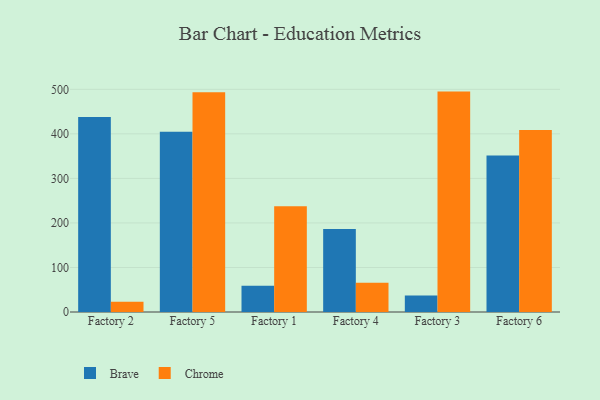
{"axis": {"x": "Factory", "y": "Bounce Rate (%)"}, "legend": ["Brave", "Chrome"], "data": [{"x": "Factory 2", "y": 438.1, "type": "Brave"}, {"x": "Factory 2", "y": 23.0, "type": "Chrome"}, {"x": "Factory 5", "y": 404.8, "type": "Brave"}, {"x": "Factory 5", "y": 493.3, "type": "Chrome"}, {"x": "Factory 1", "y": 59.1, "type": "Brave"}, {"x": "Factory 1", "y": 237.6, "type": "Chrome"}, {"x": "Factory 4", "y": 186.2, "type": "Brave"}, {"x": "Factory 4", "y": 65.7, "type": "Chrome"}, {"x": "Factory 3", "y": 37.3, "type": "Brave"}, {"x": "Factory 3", "y": 494.9, "type": "Chrome"}, {"x": "Factory 6", "y": 351.2, "type": "Brave"}, {"x": "Factory 6", "y": 408.5, "type": "Chrome"}]}